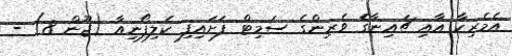
އެމެރިކާ އާއި ޗައިނާގެ ވެރިންގެ ސަމިޓް ފަށައިފި ކެލިފޯނިއާ (ޖޫން 8) -